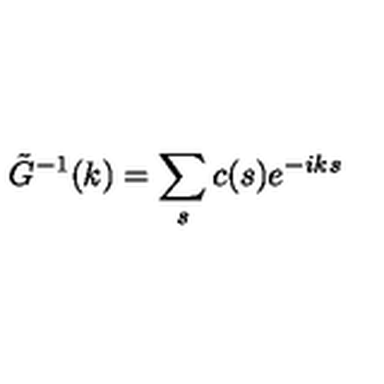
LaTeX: \tilde { G } ^ { - 1 } ( k ) = \sum _ { s } c ( s ) e ^ { - i k s }